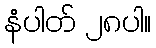
နံပါတ် ၂၈ပါ။